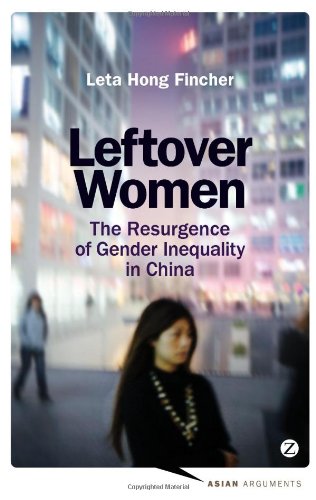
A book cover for Leftover Women: The Resurgence of Gender Inequality in China (Asian Arguments); Leta Hong Fincher; Gay & Lesbian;